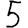
Digit: 5